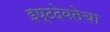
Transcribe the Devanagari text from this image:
इष्टदेवतेचा